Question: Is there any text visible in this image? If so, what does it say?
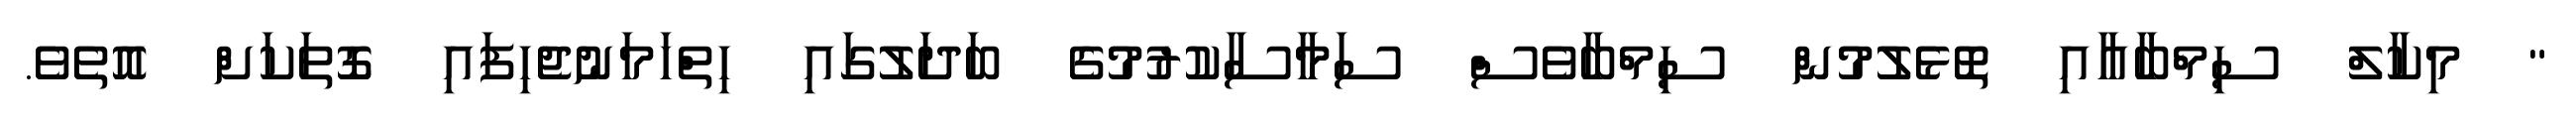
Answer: " މިކާލް ސިމްބާއާއި ތޮޅެލުމުން ސިމްބާވެސް ސަމާސާކުރުމުގެ ބަދަލުގައި ހިތްހަމަނުޖެހިފައި ގޮތަކަށް އޮތެވެ.